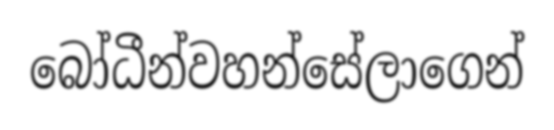
බෝධීන්වහන්සේලාගෙන්